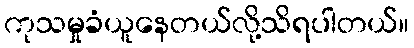
ကုသမှုခံယူနေတယ်လို့သိရပါတယ်။